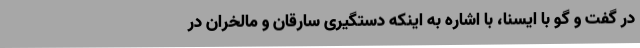
در گفت و گو با ایسنا، با اشاره به اینکه دستگیری سارقان و مالخران در